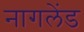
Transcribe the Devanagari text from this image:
नागलेंड